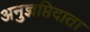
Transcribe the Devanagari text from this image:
अनुज्ञप्तिदाता